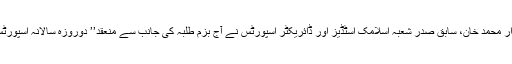
‘‘ان خیالات کا اظہارچیف گیسٹ پروفیسر اقتدار محمد خان، سابق صدر شعبہ اسلامک اسٹڈیز اور ڈائریکٹر اسپورٹس نے آج بزم طلبہ کی جانب سے منعقد’’ دوروزہ سالانہ اسپورٹس میٹ 2018ء‘‘ کی اختتامی تقریب میں کیا۔